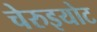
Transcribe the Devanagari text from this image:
चेरुइयोट